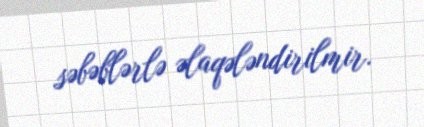
səbəblərlə əlaqələndirilmir.